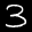
Label: 3